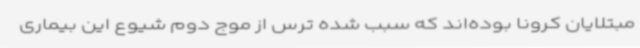
مبتلایان کرونا بوده‌اند که سبب شده ترس از موج دوم شیوع این بیماری